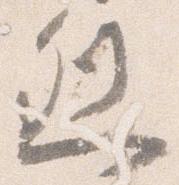
烈